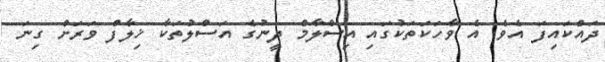
ދައްކައިފަ އެވެ. އެ ވާހަކަތަކުގައި އިސްލާމް ދީނުގެ އަސްލުތަކާ ޚިލާފް ވަރަށް ގިނަ